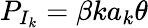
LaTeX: P_{I_{k}}=\beta ka_{k}\theta